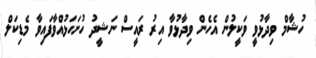
ހުޝާމް ވިދާޅުވީ ވަކީލުން އެހެން ވިދާޅުވާ އިރު ރައީސް ނަޝީދު ހުށަހަޅުއްވާފައިވާ މެޑިކަލް